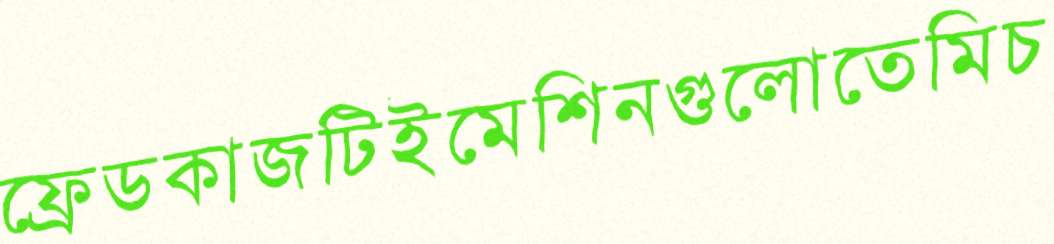
ফ্রেডকাজটিইমেশিনগুলোতেমিচ